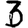
Digit: 3